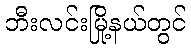
ဘီးလင်းမြို့နယ်တွင်